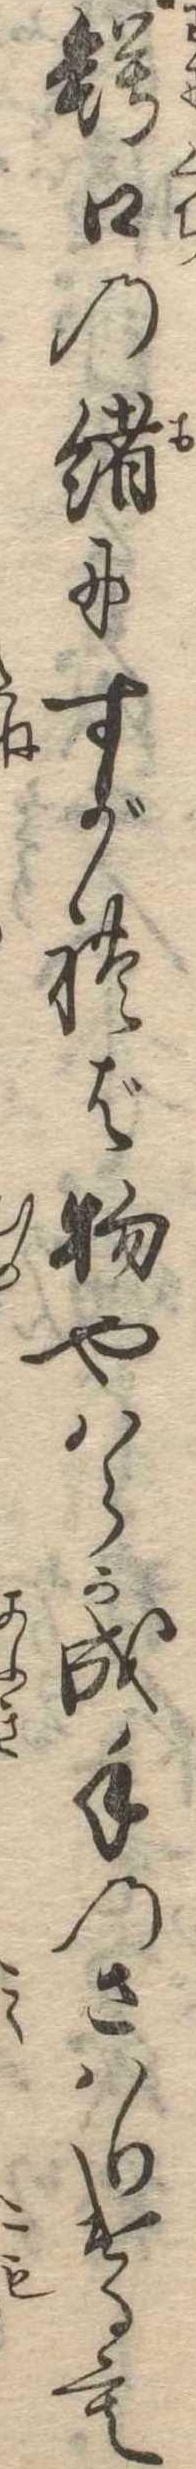
鰐口の緒にすがれば物やはらか成手のさはりけるも